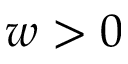
w > 0